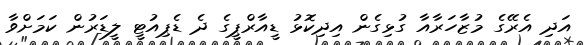
އަދި އެރޭގެ މުޒާހަރާއާ ގުޅިގެން އިދިކޮޅު ޑީއާރްޕީގެ ދެ ޑެޕިއުޓީ ލީޑަރުން ކަމަށްވާ